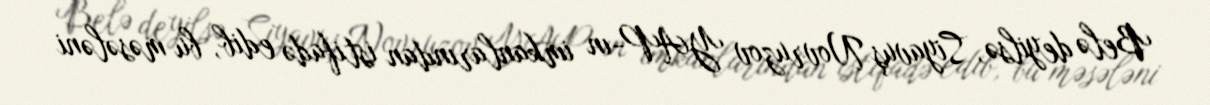
Belə deyilsə, Siyavuş Novruzov YAP-ın imkanlarından istifadə edib, bu məsələni